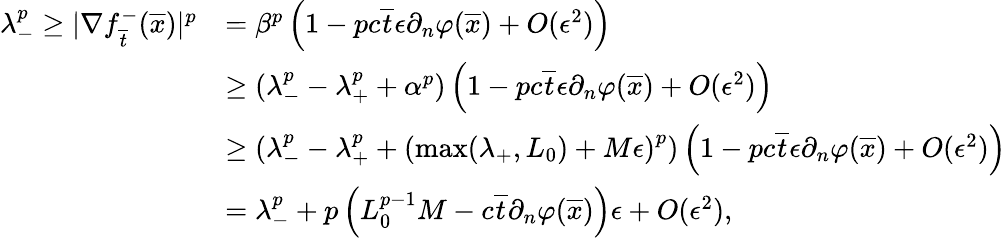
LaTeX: \begin{array}{rl}{\lambda_{-}^{p}\geq|\nabla f_{\overline{{t}}}^{-}(\overline{{x}})|^{p}}&{=\beta^{p}\left(1-pc\overline{{t}}\epsilon\partial_{n}\varphi(\overline{{x}})+O(\epsilon^{2})\right)}\\ &{\geq\left(\lambda_{-}^{p}-\lambda_{+}^{p}+\alpha^{p}\right)\left(1-pc\overline{{t}}\epsilon\partial_{n}\varphi(\overline{{x}})+O(\epsilon^{2})\right)}\\ &{\ge\left(\lambda_{-}^{p}-\lambda_{+}^{p}+\left(\operatorname*{max}(\lambda_{+},L_{0})+M\epsilon\right)^{p}\right)\left(1-pc\overline{{t}}\epsilon\partial_{n}\varphi(\overline{{x}})+O(\epsilon^{2})\right)}\\ &{=\lambda_{-}^{p}+p\left(L_{0}^{p-1}M-c\overline{{t}}\partial_{n}\varphi(\overline{{x}})\right)\epsilon+O(\epsilon^{2}),}\end{array}